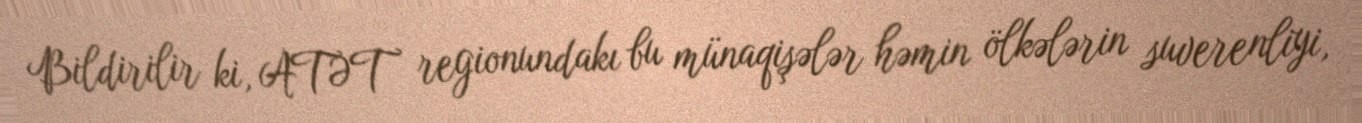
Bildirilir ki, ATƏT regionundakı bu münaqişələr həmin ölkələrin suverenliyi,